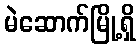
မဲဆောက်မြို့ရှိ